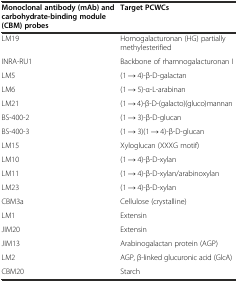
| Monoclonal antibody (mAb) and carbohydrate-binding module (CBM) probes | Target PCWCs |
 | --- | --- |
 | LM19 | Homogalacturonan (HG) partially methylesterified |
 | INRA-RU1 | Backbone of rhamnogalacturonan I |
 | LM5 | (1 → 4)-β-D-galactan |
 | LM6 | (1 → 5)-α-L-arabinan |
 | LM21 | (1 → 4)-β-D-(galacto)(gluco)mannan |
 | BS-400-2 | (1 → 3)-β-D-glucan |
 | BS-400-3 | (1 → 3)(1 → 4)-β-D-glucan |
 | LM15 | Xyloglucan (XXXG motif) |
 | LM10 | (1 → 4)-β-D-xylan |
 | LM11 | (1 → 4)-β-D-xylan/arabinoxylan |
 | LM23 | (1 → 4)-β-D-xylan |
 | CBM3a | Cellulose (crystalline) |
 | LM1 | Extensin |
 | JIM20 | Extensin |
 | JIM13 | Arabinogalactan protein (AGP) |
 | LM2 | AGP, β-linked glucuronic acid (GlcA) |
 | CBM20 | Starch |